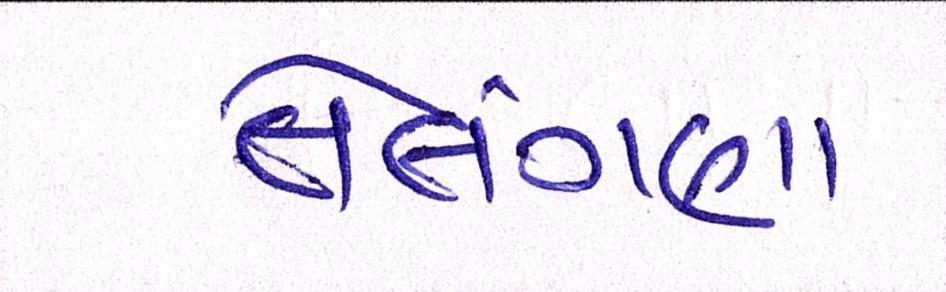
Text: તેલંગણા